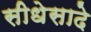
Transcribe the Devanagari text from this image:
सीधेसादे